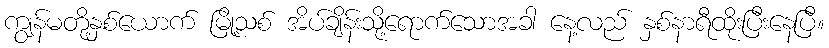
ကျွန်မတို့နှစ်ယောက် မြို့သစ် အိပ်ချိန်းသို့ရောက်သောအခါ နေ့လည် နှစ်နာရီထိုးပြီးနေပြီ။